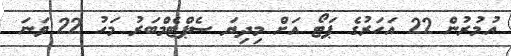
އުމުރުން 22 އަހަރުގެ ޕަޓޯ އަށް މިދިޔަ ސެޕްޓެމްބަރު މަހު 22 ވަނަ